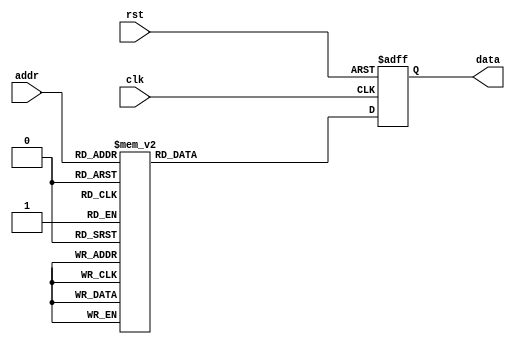

module gemm2C (
    input         clk,
    input         rst,
    input  [7:0]  addr,
    output [15:0] data
);

reg [15:0] out;
always @(posedge clk or posedge rst) begin
    if (rst) begin
        out <= 0;
    end
    else begin
        case (addr)
            8'd0 : begin out <= 16'b1010010011011101; end
            8'd1 : begin out <= 16'b1001101010011111; end
            8'd2 : begin out <= 16'b1010010111110000; end
            8'd3 : begin out <= 16'b0010100100011011; end
            8'd4 : begin out <= 16'b1010100001110000; end
            8'd5 : begin out <= 16'b0010101010111100; end
            8'd6 : begin out <= 16'b0010101010100100; end
            8'd7 : begin out <= 16'b0010100101000010; end
            8'd8 : begin out <= 16'b1010010011101100; end
            8'd9 : begin out <= 16'b1010010001000101; end
            8'd10 : begin out <= 16'b0010101001001110; end
            8'd11 : begin out <= 16'b0001111001011011; end
            8'd12 : begin out <= 16'b1010011001001001; end
            8'd13 : begin out <= 16'b0010100010110111; end
            8'd14 : begin out <= 16'b0010000101100110; end
            8'd15 : begin out <= 16'b1010100000101100; end
            8'd16 : begin out <= 16'b1010010111011111; end
            8'd17 : begin out <= 16'b0010101100000011; end
            8'd18 : begin out <= 16'b1010100100100011; end
            8'd19 : begin out <= 16'b1010010111001010; end
            8'd20 : begin out <= 16'b0010011110001110; end
            8'd21 : begin out <= 16'b0010100000100100; end
            8'd22 : begin out <= 16'b1010010101111100; end
            8'd23 : begin out <= 16'b1010001110010100; end
            8'd24 : begin out <= 16'b1010010011110000; end
            8'd25 : begin out <= 16'b1010101111110000; end
            8'd26 : begin out <= 16'b1010011101110010; end
            8'd27 : begin out <= 16'b0010101101000001; end
            8'd28 : begin out <= 16'b0010101010000000; end
            8'd29 : begin out <= 16'b0010000101110100; end
            8'd30 : begin out <= 16'b0010001000001101; end
            8'd31 : begin out <= 16'b1010010001100100; end
            8'd32 : begin out <= 16'b0010100001100101; end
            8'd33 : begin out <= 16'b1010100101110011; end
            8'd34 : begin out <= 16'b0010110000001001; end
            8'd35 : begin out <= 16'b0010010110010111; end
            8'd36 : begin out <= 16'b0010000000001110; end
            8'd37 : begin out <= 16'b1010100010100110; end
            8'd38 : begin out <= 16'b1001100110001110; end
            8'd39 : begin out <= 16'b1010101101011001; end
            8'd40 : begin out <= 16'b0010010100101001; end
            8'd41 : begin out <= 16'b0010100100010011; end
            8'd42 : begin out <= 16'b0010101001010011; end
            8'd43 : begin out <= 16'b0010001110110011; end
            8'd44 : begin out <= 16'b1010000010001011; end
            8'd45 : begin out <= 16'b0010100111101100; end
            8'd46 : begin out <= 16'b1001000010101000; end
            8'd47 : begin out <= 16'b0010100011100001; end
            8'd48 : begin out <= 16'b1010101100101100; end
            8'd49 : begin out <= 16'b0010011010000111; end
            8'd50 : begin out <= 16'b0010100110011101; end
            8'd51 : begin out <= 16'b0010101101010001; end
            8'd52 : begin out <= 16'b1010100011111101; end
            8'd53 : begin out <= 16'b0010100110111100; end
            8'd54 : begin out <= 16'b1010100111000111; end
            8'd55 : begin out <= 16'b0010011110110100; end
            8'd56 : begin out <= 16'b0010101001010001; end
            8'd57 : begin out <= 16'b1010010111001000; end
            8'd58 : begin out <= 16'b1010011010111011; end
            8'd59 : begin out <= 16'b0010010011101110; end
            8'd60 : begin out <= 16'b1010101101110100; end
            8'd61 : begin out <= 16'b1001100101000001; end
            8'd62 : begin out <= 16'b0001110110111001; end
            8'd63 : begin out <= 16'b1001101100100001; end
            8'd64 : begin out <= 16'b0010000100110000; end
            8'd65 : begin out <= 16'b0001111001111000; end
            8'd66 : begin out <= 16'b1010101100011111; end
            8'd67 : begin out <= 16'b1010000100001000; end
            8'd68 : begin out <= 16'b1010101101011001; end
            8'd69 : begin out <= 16'b1010100000101010; end
            8'd70 : begin out <= 16'b0010010111010000; end
            8'd71 : begin out <= 16'b0010010001101110; end
            8'd72 : begin out <= 16'b1010010101001010; end
            8'd73 : begin out <= 16'b0010010110100111; end
            8'd74 : begin out <= 16'b0010010001001010; end
            8'd75 : begin out <= 16'b1010101110110010; end
            8'd76 : begin out <= 16'b0010100100101010; end
            8'd77 : begin out <= 16'b1010011000001100; end
            8'd78 : begin out <= 16'b1010000110001010; end
            8'd79 : begin out <= 16'b0001110111101010; end
            8'd80 : begin out <= 16'b0010000110010001; end
            8'd81 : begin out <= 16'b0001010010001100; end
            8'd82 : begin out <= 16'b1010100100111110; end
            8'd83 : begin out <= 16'b0010101011010011; end
            8'd84 : begin out <= 16'b1010101101011000; end
            8'd85 : begin out <= 16'b1001011010011101; end
            8'd86 : begin out <= 16'b0010011001111111; end
            8'd87 : begin out <= 16'b0001101001000111; end
            8'd88 : begin out <= 16'b1010101011101100; end
            8'd89 : begin out <= 16'b0010010010001011; end
            8'd90 : begin out <= 16'b0010001001110110; end
            8'd91 : begin out <= 16'b1010100010001100; end
            8'd92 : begin out <= 16'b0010010010000111; end
            8'd93 : begin out <= 16'b1010100101110010; end
            8'd94 : begin out <= 16'b0010100010111100; end
            8'd95 : begin out <= 16'b0010000101000000; end
            8'd96 : begin out <= 16'b0010100111100011; end
            8'd97 : begin out <= 16'b1010100101010001; end
            8'd98 : begin out <= 16'b1010100100111000; end
            8'd99 : begin out <= 16'b1010011100011000; end
            8'd100 : begin out <= 16'b0010100001100111; end
            8'd101 : begin out <= 16'b1010100100110001; end
            8'd102 : begin out <= 16'b1010101010010001; end
            8'd103 : begin out <= 16'b1010010011000111; end
            8'd104 : begin out <= 16'b0010101010011000; end
            8'd105 : begin out <= 16'b0010011110101101; end
            8'd106 : begin out <= 16'b0010010110011100; end
            8'd107 : begin out <= 16'b0010011000010101; end
            8'd108 : begin out <= 16'b0010100101110010; end
            8'd109 : begin out <= 16'b1010101010000010; end
            8'd110 : begin out <= 16'b1001101111000100; end
            8'd111 : begin out <= 16'b1010101111100011; end
            8'd112 : begin out <= 16'b1010010111101110; end
            8'd113 : begin out <= 16'b1010101011010011; end
            8'd114 : begin out <= 16'b1010011001101001; end
            8'd115 : begin out <= 16'b0001110010100101; end
            8'd116 : begin out <= 16'b0010010110000001; end
            8'd117 : begin out <= 16'b1010010011010001; end
            8'd118 : begin out <= 16'b0010101111001001; end
            8'd119 : begin out <= 16'b0010101100111111; end
            8'd120 : begin out <= 16'b1010001101101000; end
            8'd121 : begin out <= 16'b0001110011001101; end
            8'd122 : begin out <= 16'b1001110000110100; end
            8'd123 : begin out <= 16'b1010011010001001; end
            8'd124 : begin out <= 16'b0010001001111101; end
            8'd125 : begin out <= 16'b0010100010001100; end
            8'd126 : begin out <= 16'b1010101001110011; end
            8'd127 : begin out <= 16'b1010011110011111; end
            8'd128 : begin out <= 16'b1010101010110000; end
            8'd129 : begin out <= 16'b0010010001001010; end
            8'd130 : begin out <= 16'b1010100100100100; end
            8'd131 : begin out <= 16'b1010001110111011; end
            8'd132 : begin out <= 16'b0010100111011000; end
            8'd133 : begin out <= 16'b1010100000110100; end
            8'd134 : begin out <= 16'b1010100010111010; end
            8'd135 : begin out <= 16'b0010011000010110; end
            8'd136 : begin out <= 16'b0010010110011011; end
            8'd137 : begin out <= 16'b1001110110001000; end
            8'd138 : begin out <= 16'b1010101010101000; end
            8'd139 : begin out <= 16'b0010011011111111; end
            8'd140 : begin out <= 16'b0010101000111110; end
            8'd141 : begin out <= 16'b0010101001000011; end
            8'd142 : begin out <= 16'b1010001010011110; end
            8'd143 : begin out <= 16'b1010100011001111; end
            8'd144 : begin out <= 16'b0001110110111100; end
            8'd145 : begin out <= 16'b0010100001011000; end
            8'd146 : begin out <= 16'b1001001011010000; end
            8'd147 : begin out <= 16'b0010001010000101; end
            8'd148 : begin out <= 16'b1010100011001001; end
            8'd149 : begin out <= 16'b0010100011010100; end
            8'd150 : begin out <= 16'b0010011011001001; end
            8'd151 : begin out <= 16'b1010101011001101; end
            8'd152 : begin out <= 16'b1010010110111101; end
            8'd153 : begin out <= 16'b0001100010110010; end
            8'd154 : begin out <= 16'b1010010011010000; end
            8'd155 : begin out <= 16'b1010010010010010; end
            8'd156 : begin out <= 16'b0010010101110111; end
            8'd157 : begin out <= 16'b0010101000111011; end
            8'd158 : begin out <= 16'b0010110000100100; end
            8'd159 : begin out <= 16'b1010011010000100; end
            8'd160 : begin out <= 16'b1010000001110111; end
            8'd161 : begin out <= 16'b0001100100010011; end
            8'd162 : begin out <= 16'b0001111000110000; end
            8'd163 : begin out <= 16'b0010101011101010; end
            8'd164 : begin out <= 16'b0001111101111100; end
            8'd165 : begin out <= 16'b1010100110110001; end
            8'd166 : begin out <= 16'b1010101000001101; end
            8'd167 : begin out <= 16'b0010011000001111; end
            8'd168 : begin out <= 16'b0010011010000110; end
            8'd169 : begin out <= 16'b0010011111110010; end
            8'd170 : begin out <= 16'b1010000101001101; end
            8'd171 : begin out <= 16'b1010100110100110; end
            8'd172 : begin out <= 16'b0010100010001011; end
            8'd173 : begin out <= 16'b1010101010001110; end
            8'd174 : begin out <= 16'b0001110000001111; end
            8'd175 : begin out <= 16'b0010011111111010; end
            8'd176 : begin out <= 16'b1001010001111101; end
            8'd177 : begin out <= 16'b1010100010010001; end
            8'd178 : begin out <= 16'b0001000100110011; end
            8'd179 : begin out <= 16'b0001110101100010; end
            8'd180 : begin out <= 16'b1010000100111100; end
            8'd181 : begin out <= 16'b1010001001001011; end
            8'd182 : begin out <= 16'b0010100000101100; end
            8'd183 : begin out <= 16'b0010100111011110; end
            8'd184 : begin out <= 16'b0010100001011010; end
            8'd185 : begin out <= 16'b0010000111100000; end
            8'd186 : begin out <= 16'b0010011000011101; end
            8'd187 : begin out <= 16'b0010011011110010; end
            8'd188 : begin out <= 16'b0010010000111000; end
            8'd189 : begin out <= 16'b0010010010010000; end
            8'd190 : begin out <= 16'b0010101101111110; end
            8'd191 : begin out <= 16'b1010100110110111; end
            8'd192 : begin out <= 16'b1010010110011010; end
            8'd193 : begin out <= 16'b0010101000010011; end
            8'd194 : begin out <= 16'b0010011110001010; end
            8'd195 : begin out <= 16'b1010011110101111; end
            8'd196 : begin out <= 16'b1010101101010010; end
            8'd197 : begin out <= 16'b0010101100110100; end
            8'd198 : begin out <= 16'b1001100000110100; end
            8'd199 : begin out <= 16'b0010101000000000; end
            8'd200 : begin out <= 16'b0010011011100010; end
            8'd201 : begin out <= 16'b1010101110101011; end
            8'd202 : begin out <= 16'b1010100000010110; end
            8'd203 : begin out <= 16'b1010001011001111; end
            8'd204 : begin out <= 16'b0001110010101000; end
            8'd205 : begin out <= 16'b1010101010010101; end
            8'd206 : begin out <= 16'b1010010110010010; end
            8'd207 : begin out <= 16'b0010010100110001; end
            8'd208 : begin out <= 16'b0010011010000100; end
            8'd209 : begin out <= 16'b1001110100100110; end
            8'd210 : begin out <= 16'b1010100001010000; end
            8'd211 : begin out <= 16'b0010101100101100; end
            8'd212 : begin out <= 16'b1010000110101101; end
            8'd213 : begin out <= 16'b0001101000101100; end
            8'd214 : begin out <= 16'b0010101010010011; end
            8'd215 : begin out <= 16'b1010101011100111; end
            8'd216 : begin out <= 16'b0010011010100111; end
            8'd217 : begin out <= 16'b0010101101000000; end
            8'd218 : begin out <= 16'b0010101101100111; end
            8'd219 : begin out <= 16'b0010010010011001; end
            8'd220 : begin out <= 16'b0010011111000110; end
            8'd221 : begin out <= 16'b1001111111010011; end
            8'd222 : begin out <= 16'b0010010001001001; end
            8'd223 : begin out <= 16'b1010101010111100; end
            8'd224 : begin out <= 16'b1010011111100000; end
            8'd225 : begin out <= 16'b1010001001100011; end
            8'd226 : begin out <= 16'b1010101101010111; end
            8'd227 : begin out <= 16'b1010011110100001; end
            8'd228 : begin out <= 16'b1010100100101000; end
            8'd229 : begin out <= 16'b0010010000100011; end
            8'd230 : begin out <= 16'b0010000000010110; end
            8'd231 : begin out <= 16'b0010101000101000; end
            8'd232 : begin out <= 16'b0001110101101010; end
            8'd233 : begin out <= 16'b1010011111101111; end
            8'd234 : begin out <= 16'b1010101011110110; end
            8'd235 : begin out <= 16'b1010011010110000; end
            8'd236 : begin out <= 16'b0010100110111101; end
            8'd237 : begin out <= 16'b0010100010000111; end
            8'd238 : begin out <= 16'b1010010111111010; end
            8'd239 : begin out <= 16'b1010100111110000; end
            8'd240 : begin out <= 16'b1010100001100010; end
            8'd241 : begin out <= 16'b1010000011111010; end
            8'd242 : begin out <= 16'b1010000000001011; end
            8'd243 : begin out <= 16'b0010011011111100; end
            8'd244 : begin out <= 16'b0010100011011000; end
            8'd245 : begin out <= 16'b1010101010000101; end
            8'd246 : begin out <= 16'b0010101010010100; end
            8'd247 : begin out <= 16'b1010011100110001; end
            8'd248 : begin out <= 16'b0010011000001000; end
            8'd249 : begin out <= 16'b0010010101001011; end
            8'd250 : begin out <= 16'b0010010000100010; end
            8'd251 : begin out <= 16'b1010100001110110; end
            8'd252 : begin out <= 16'b0010100011000011; end
            8'd253 : begin out <= 16'b0001110111110101; end
            8'd254 : begin out <= 16'b1010010010110001; end
            8'd255 : begin out <= 16'b1001110110010000; end
        endcase
    end
end
assign data = out;

endmodule //gemm2C